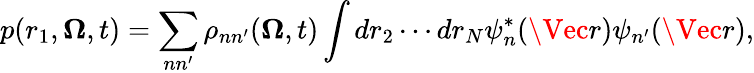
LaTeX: p(r_{1},\mathbf{\Omega},t)=\sum_{nn^{\prime}}\rho_{nn^{\prime}}(\mathbf{\Omega},t)\int d{r}_{2}\cdots d{r}_{N}\psi_{n}^{*}(\Vec{r})\psi_{n^{\prime}}(\Vec{r}),